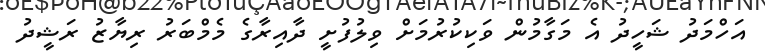
އަހްމަދު ޝަހީދު އެ މަގާމުން ވަކިކުރުމަށް ވިލުފުށީ ދާއިރާގެ މެމްބަރު ރިޔާޒު ރަޝީދު